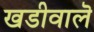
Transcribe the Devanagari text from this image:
खडीवालॆ